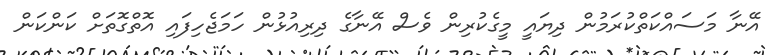
އޭނާ މަސައްކަތްކުރަމުން ދިޔައީ މީގެކުރިން ވެސް އޭނާގެ ދިރިއުޅުން ހަމަޖެހިފައި އޮތްގޮތަށް ކަންކަން